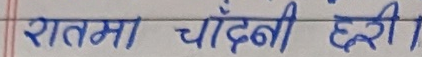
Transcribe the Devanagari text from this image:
रातमा चाँदी छरी ।